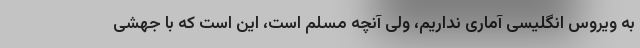
به ویروس انگلیسی آماری نداریم، ولی آنچه مسلم است، این است که با جهشی